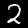
Digit: 2